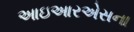
આઇઆરએસના